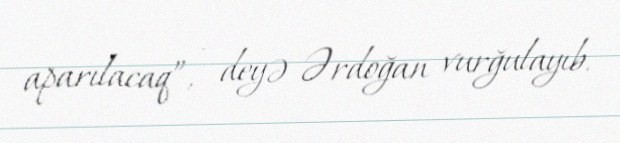
aparılacaq”, - deyə Ərdoğan vurğulayıb.